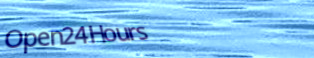
Open24Hours